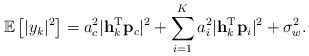
LaTeX: \begin{align*} \mathbb{E}\left[\lvert y_k\rvert^2\right]=a_c^2\lvert \mathbf{h}_k^{\textrm{T}}\mathbf{p}_c\rvert^2+\sum_{i=1}^K a_i^2\lvert \mathbf{h}_k^{\textrm{T}}\mathbf{p}_i\rvert^2+\sigma_w^2.\end{align*}